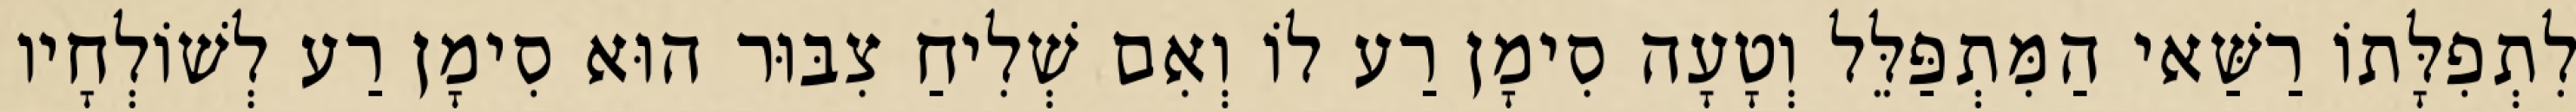
לִתְפִלָּתוֹ רַשַּׁאי הַמִּתְפַּלֵּל וְטָעָה סִימָן רַע לוֹ וְאִם שְׁלִיחַ צִבּוּר הוּא סִימָן רַע לְשׁוֹלְחָיו